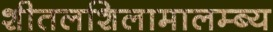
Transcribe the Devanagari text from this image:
शीतलशिलामालम्ब्य